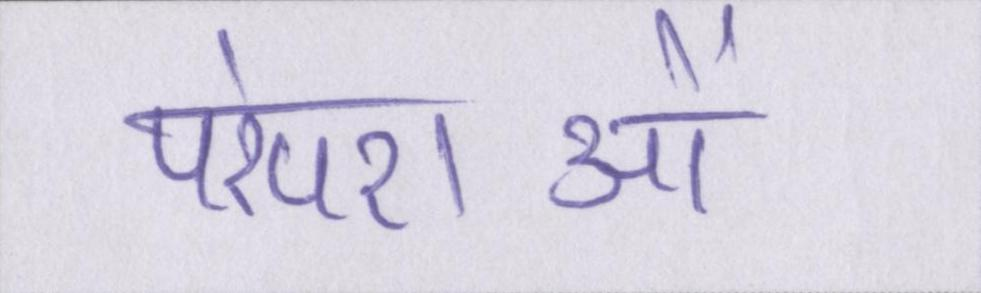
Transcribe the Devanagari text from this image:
परंपराओं